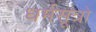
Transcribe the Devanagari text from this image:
धर्मसूत्रो